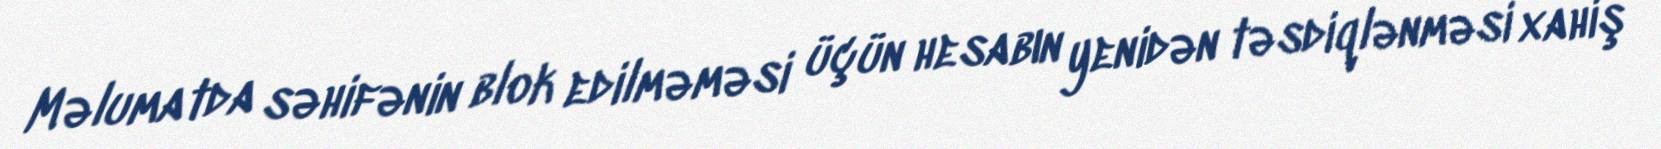
Məlumatda səhifənin blok edilməməsi üçün hesabın yenidən təsdiqlənməsi xahiş